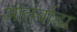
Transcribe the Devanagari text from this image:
आंतर्बाह्य